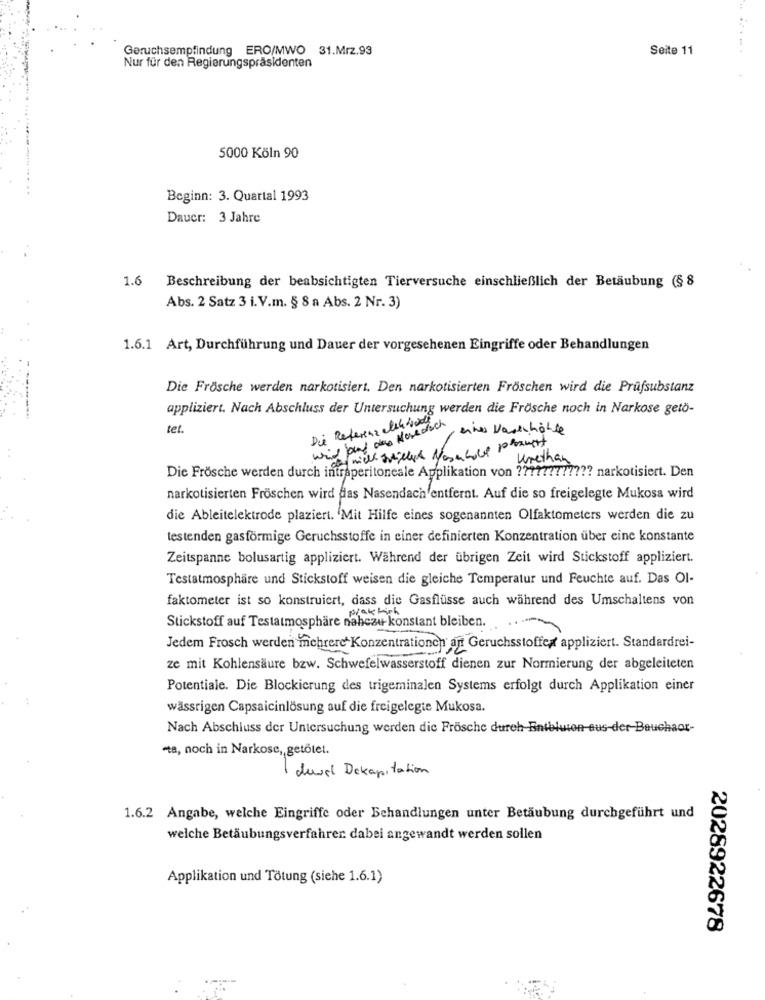
Geruchsempfindung ERO/MWO 31.Mrz.93
Seite 11
.....
Nur für den Regierungspräsidenten
5000 Köln 90
Beginn: 3. Quartal 1993
Dauer: 3 Jahre
1.6
Beschreibung der beabsichtigten Tierversuche einschließlich der Betäubung (§ 8
Abs. 2 Satz 3 i.V.m. § 8 a Abs. 2 Nr. 3)
1.6.1 Art, Durchführung und Dauer der vorgesehenen Eingriffe oder Behandlungen
Die Frösche werden narkotisiert. Den narkotisierten Fröschen wird die Prüfsubstanz
appliziert. Nach Abschluss der Untersuchung werden die Frösche noch in Narkose getö-
---
Die Referenz alsh bach,
tel.
,eines Warschönle
cor nich svilles Nasacalle proust
Wrethan
Die Frösche werden durch intraperitoneale Applikation von ???????????? narkotisiert. Den
narkotisierten Fröschen wird das Nasendach entfernt. Auf die so freigelegte Mukosa wird
die Ableitelektrode plaziert. Mit Hilfe eines sogenannten Olfaktometers werden die zu
testenden gasförmige Geruchsstoffe in einer definierten Konzentration über eine konstante
Zeitspanne bolusartig appliziert. Während der übrigen Zeit wird Stickstoff appliziert.
Testatmosphäre und Stickstoff weisen die gleiche Temperatur und Feuchte auf. Das Ol-
faktometer ist so konstruiert, dass die Gasflüsse auch während des Umschaltens von
Stickstoff auf Testatmosphäre nahezu konstant bleiben. .....
Jedem Frosch werden mehrere Konzentrationen ant Geruchsstoffer appliziert. Standardrei-
ze mit Kohlensäure bzw. Schwefelwasserstoff dienen zur Normierung der abgeleiteten
Potentiale. Die Blockierung des trigeminalen Systems erfolgt durch Applikation einer
wässrigen Capsaicinlösung auf die freigelegte Mukosa.
Nach Abschluss der Untersuchung werden die Frösche dureh-
rus
der P
chaos-
ta, noch in Narkose, getötet.
devel Dekapitation
1.6.2 Angabe, welche Eingriffe oder Behandlungen unter Betäubung durchgeführt und
welche Betäubungsverfahren dabei angewandt werden sollen
Applikation und Tötung (siehe 1.6.1)
2028922678